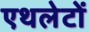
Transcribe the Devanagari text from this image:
एथलेटों